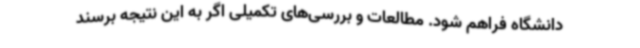
دانشگاه فراهم شود. مطالعات و بررسی‌های تکمیلی اگر به این نتیجه برسند